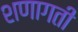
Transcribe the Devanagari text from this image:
शणागती